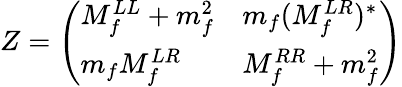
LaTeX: Z=\left(\begin{array}{ll}{{M_{f}^{LL}+m_{f}^{2}}}&{{m_{f}(M_{f}^{LR})^{*}}}\\ {{m_{f}M_{f}^{LR}}}&{{M_{f}^{RR}+m_{f}^{2}}}\end{array}\right)